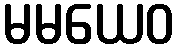
မမယေဝ